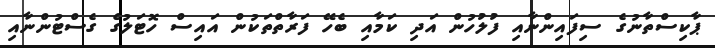
ޕާކިސްތާނުގެ ސިފައިންނާއި ފުލުހުން އަދި ކަމާއި ބެހޭ ފަރާތްތަކުން އައިސް ހޮޓަލުގެ ގެސްޓުންނާއި